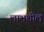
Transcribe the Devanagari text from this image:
लाभशील